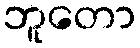
ဘူတော